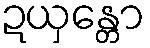
ဍယှန္တော